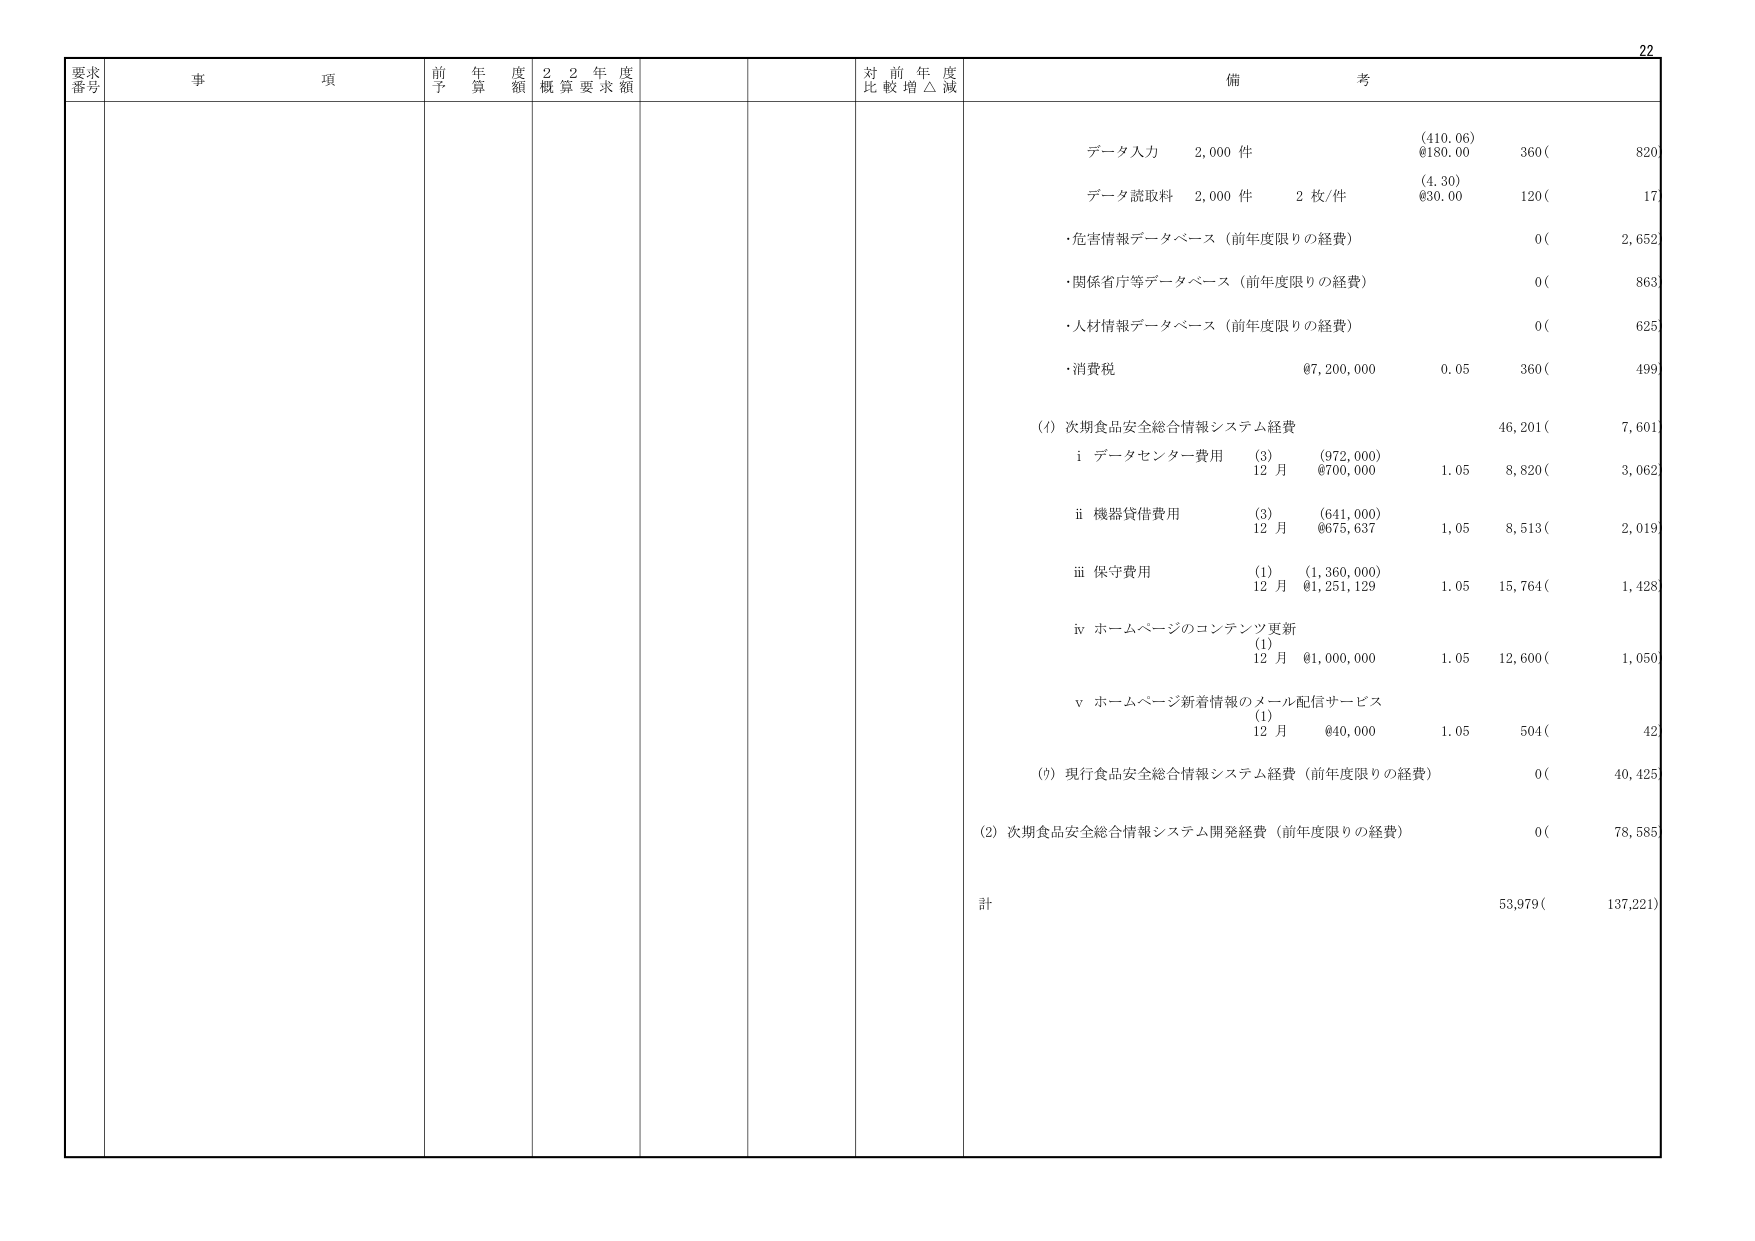
22
要求番号 事項 前年度予算額 22年度概算要求額 対前年度比較増△減 備考
データ入力 2,000件 (410.06) @180.00 360( 820
データ読取料 2,000件 2枚/件 (4.30) @30.00 120( 17
・危害情報データベース（前年度限りの経費） 0( 2,652
・関係省庁等データベース（前年度限りの経費） 0( 863
・人材情報データベース（前年度限りの経費） 0( 625
・消費税 @7,200,000 0.05 360( 499
(1) 次期食品安全総合情報システム経費 46,201( 7,601
　i データセンター費用 (3) (972,000) 12月 @700,000 1.05 8,820( 3,062
　ii 機器貸借費用 (3) (641,000) 12月 @675,637 1.05 8,513( 2,019
　iii 保守費用 (1) (1,360,000) 12月 @1,251,129 1.05 15,764( 1,428
　iv ホームページのコンテンツ更新 (1) 12月 @1,000,000 1.05 12,600( 1,050
　v ホームページ新着情報のメール配信サービス (1) 12月 @40,000 1.05 504( 42
(1) 現行食品安全総合情報システム経費（前年度限りの経費） 0( 40,425
(2) 次期食品安全総合情報システム開発経費（前年度限りの経費） 0( 78,585
計 53,979( 137,221)